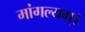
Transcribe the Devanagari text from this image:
मांगल्यम्।